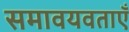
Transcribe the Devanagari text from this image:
समावयवताएँ